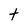
Character: t